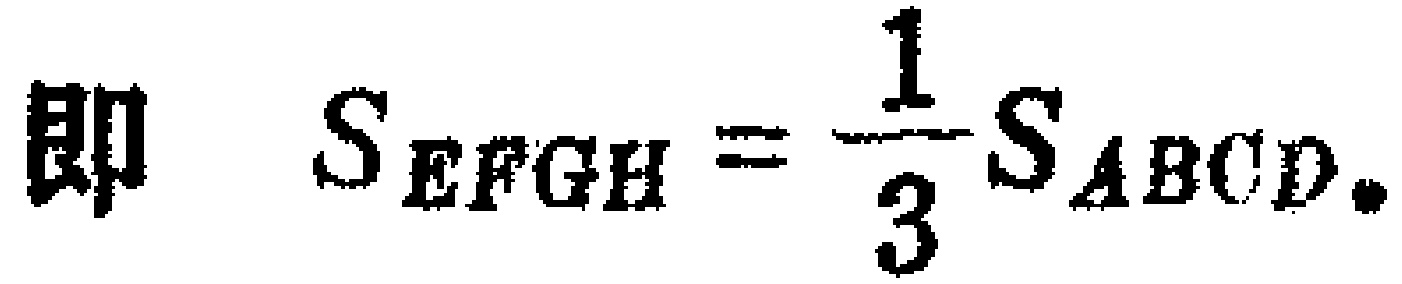
即 \(S_{EFGH}=\frac{1}{3}S_{ABCD}\).